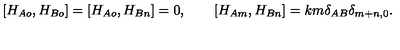
[ H _ { A o } , H _ { B o } ] = [ H _ { A o } , H _ { B n } ] = 0 , \qquad [ H _ { A m } , H _ { B n } ] = k m \delta _ { A B } \delta _ { m + n , 0 } .